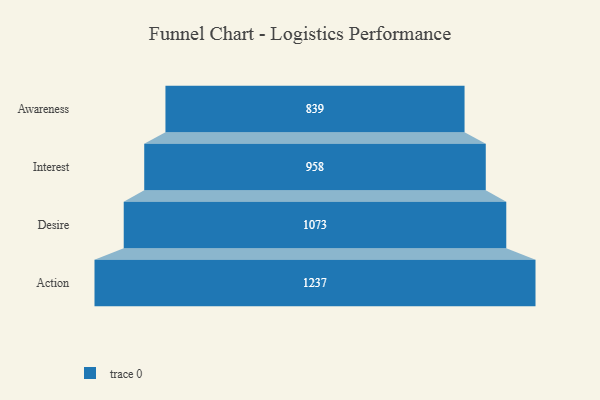
{"axis": {"x": "Stage", "y": "Value"}, "legend": [""], "data": [{"x": "Awareness", "y": 839.0, "type": ""}, {"x": "Interest", "y": 958.0, "type": ""}, {"x": "Desire", "y": 1073.0, "type": ""}, {"x": "Action", "y": 1237.0, "type": ""}]}